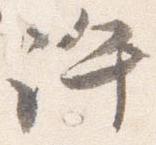
許